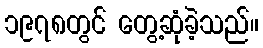
၁၉၇၈တွင် တွေ့ဆုံခဲ့သည်။